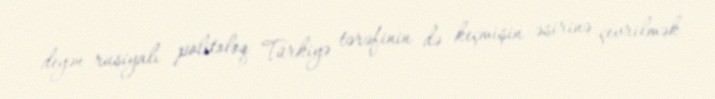
deyən rusiyalı politoloq Türkiyə tərəfinin də keçmişin əsirinə çevrilmək